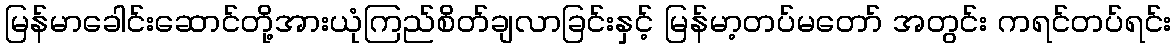
မြန်မာခေါင်းဆောင်တို့အားယုံကြည်စိတ်ချလာခြင်းနှင့် မြန်မာ့တပ်မတော် အတွင်း ကရင်တပ်ရင်း